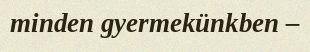
minden gyermekünkben –